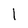
Character: l